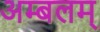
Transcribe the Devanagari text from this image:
अम्बलम्